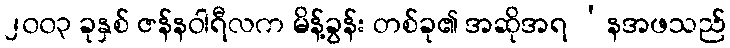
၂၀၀၃ ခုနှစ် ဇန်နဝါရီလက မိန့်ခွန်း တစ်ခု၏ အဆိုအရ ‘နအဖသည်